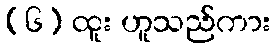
(၆) ထူး ဟူသည်ကား